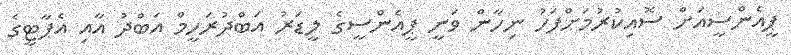
ޕީއެންސީއަށް ސޮއިކުރުމަށްފަހު ނިހާން ވަނީ ޕީއެންސީގެ ލީޑަރު އަބްދުރަހީމް އަބްދު އާއި އެޕާޓީގެ